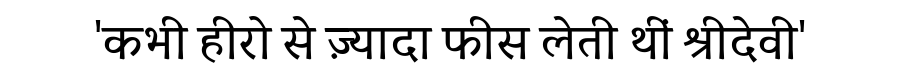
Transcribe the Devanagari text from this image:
'कभी हीरो से ज़्यादा फीस लेती थीं श्रीदेवी'